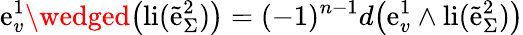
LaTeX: \mathrm{e}_{v}^{1}\wedged\big(\mathrm{{li}}(\tilde{{\mathrm{e}}}_{\Sigma}^{2})\big)=(-1)^{n-1}d\big(\mathrm{e}_{v}^{1}\wedge\mathrm{{li}}(\tilde{{\mathrm{e}}}_{\Sigma}^{2})\big)